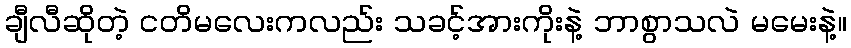
ချီလီဆိုတဲ့ ငတိမလေးကလည်း သခင့်အားကိုးနဲ့ ဘာစွာသလဲ မမေးနဲ့။